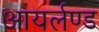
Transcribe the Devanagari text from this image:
आयर्लण्ड